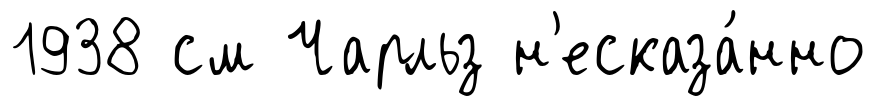
1938 см Чарльз н'есказа́нно